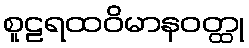
စူဠရထဝိမာနဝတ္ထု